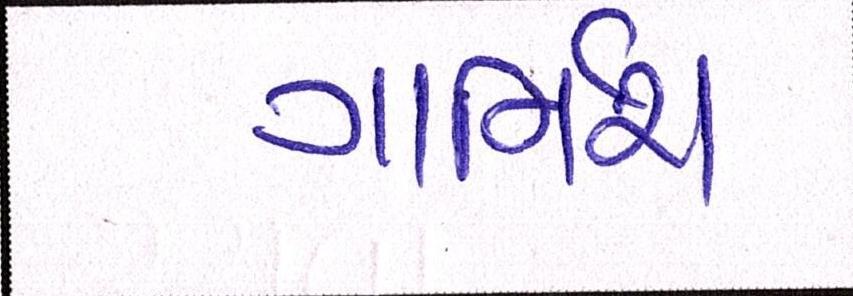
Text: ગાર્નિશ